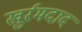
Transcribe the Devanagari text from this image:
खुर्रमदाद